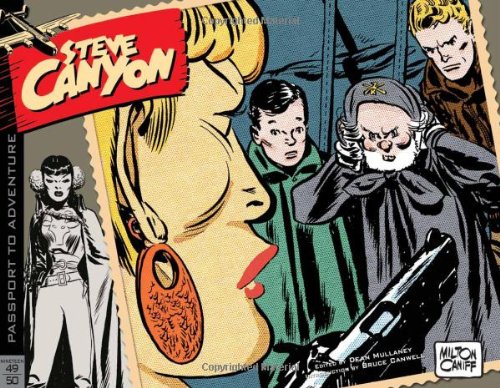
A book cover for Steve Canyon Volume 2: 1949-1950 (Steve Canyon Hc); Milton Caniff; Humor & Entertainment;